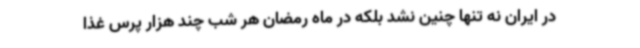
در ایران نه تنها چنین نشد بلکه در ماه رمضان هر شب چند هزار پرس غذا